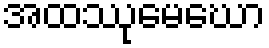
အထဿုမေဃော